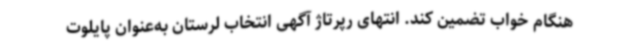
هنگام خواب تضمین کند. انتهای رپرتاژ آگهی انتخاب لرستان به‌عنوان پایلوت